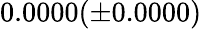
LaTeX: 0.0000(\pm 0.0000)